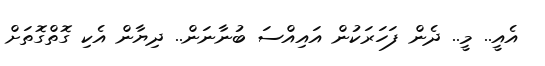
އެއީ.. މީ.. ދެން ފަހަރަކުން އައިއްސަ ބުނާނަން.. ދިޔާން އެކި ގޮތްގޮތަށް